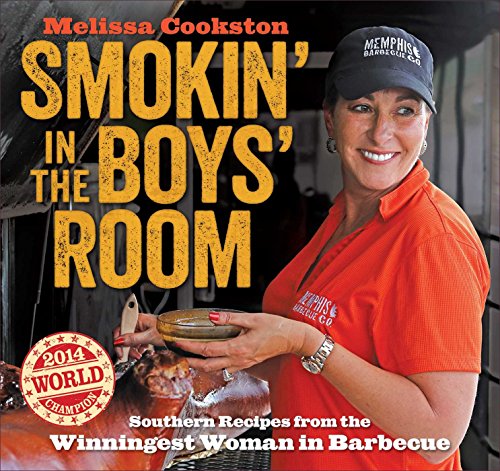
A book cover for Smokin' in the Boys' Room: Southern Recipes from the Winningest Woman in Barbecue; Melissa Cookston; Cookbooks, Food & Wine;